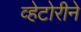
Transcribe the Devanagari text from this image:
व्हेटोरीने